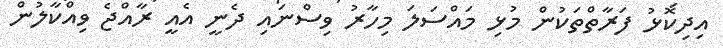
އިދިކޮޅު ފަރާތްތަކުން މުޅި މައްސަލަ މިހާރު ވިސްނައި ދެނީ އެއީ ރާއްޖެ ވިއްކާލުން